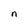
Character: n